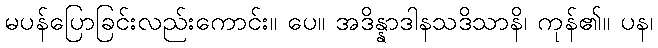
မပန်ပြောခြင်းလည်းကောင်း။ ပေ။ အဒိန္နာဒါနသဒိသာနိ၊ ကုန်၏။ ပန၊